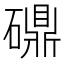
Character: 𬒤